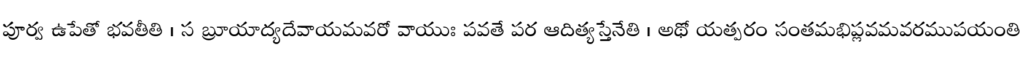
పూర్వ ఉపేతో భవతీతి । స బ్రూయాద్యదేవాయమవరో వాయుః పవతే పర ఆదిత్యస్తేనేతి । అథో యత్పరం సంతమభిప్లవమవరముపయంతి